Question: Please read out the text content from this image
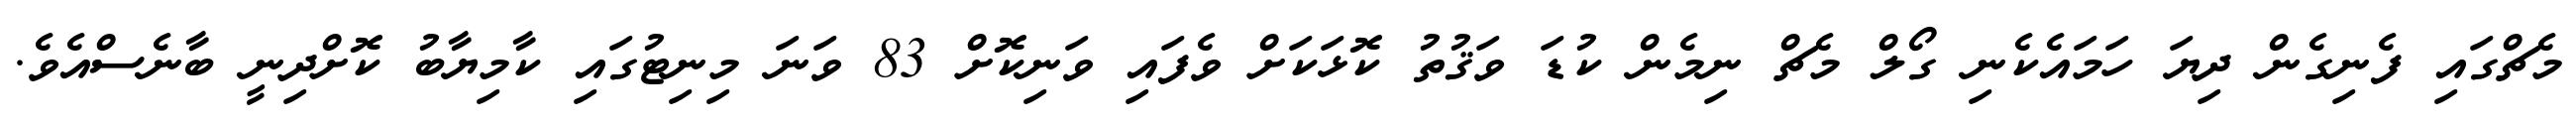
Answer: މެޗްގައި ފެނިގެން ދިޔަ ހަމައެކެނި ގޯލް މެޗް ނިމެން ކުޑަ ވަޤުތު ކޮޅަކަށް ވެފައި ވަނިކޮށް 83 ވަނަ މިނިޓުގައި ކާމިޔާބު ކޮށްދިނީ ބާނެސްއެވެ.